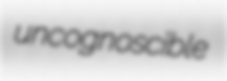
uncognoscible